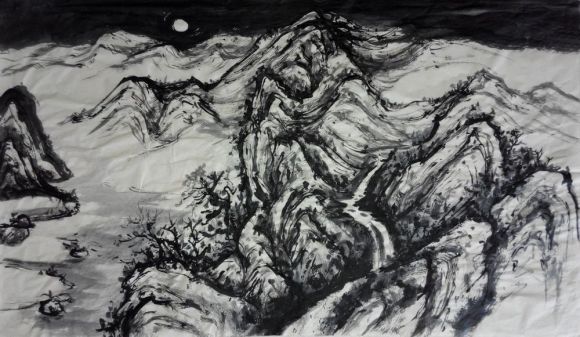
山一程，水一程，身向榆关那畔行，夜深千帐灯。